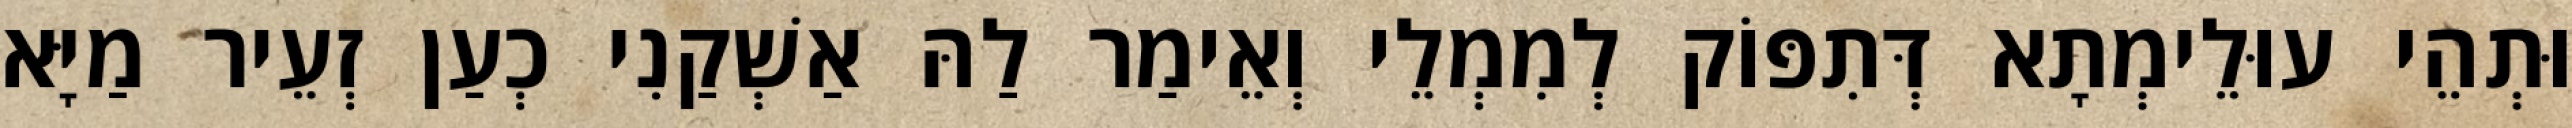
וּתְהֵי עוּלֵימְתָא דְּתִפּוֹק לְמִמְלֵי וְאֵימַר לַהּ אַשְׁקַנִי כְעַן זְעֵיר מַיָּא